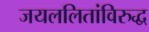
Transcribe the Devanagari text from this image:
जयललितांविरुद्ध